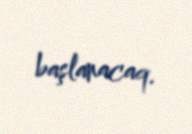
başlanacaq.